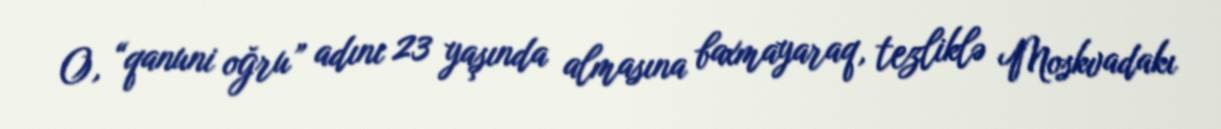
O, “qanuni oğru” adını 23 yaşında almasına baxmayaraq, tezliklə Moskvadakı